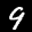
Label: 9